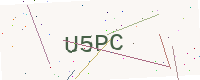
Text: U5PC